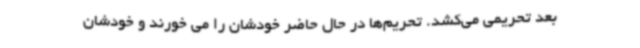
بعد تحریمی می‌کشد. تحریم‌ها در حال حاضر خودشان را می خورند و خودشان